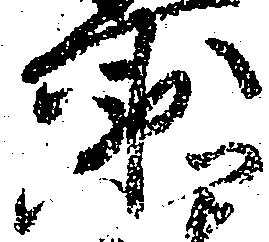
衛